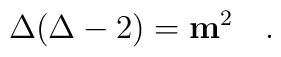
\Delta (\Delta -2)={\mathbf m}^2 \quad.